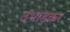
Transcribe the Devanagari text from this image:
उभाड़कर